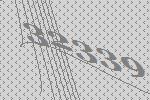
32339